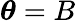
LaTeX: {\boldsymbol\theta}=B